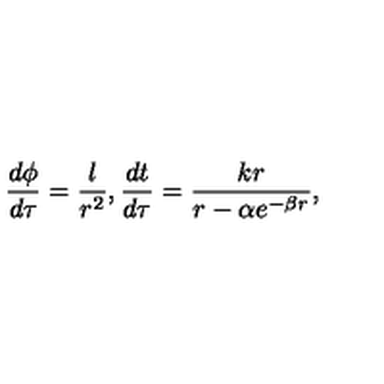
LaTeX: \frac { d \phi } { d \tau } = \frac { l } { r ^ { 2 } } , \frac { d t } { d \tau } = \frac { k r } { r - \alpha e ^ { - \beta r } } ,